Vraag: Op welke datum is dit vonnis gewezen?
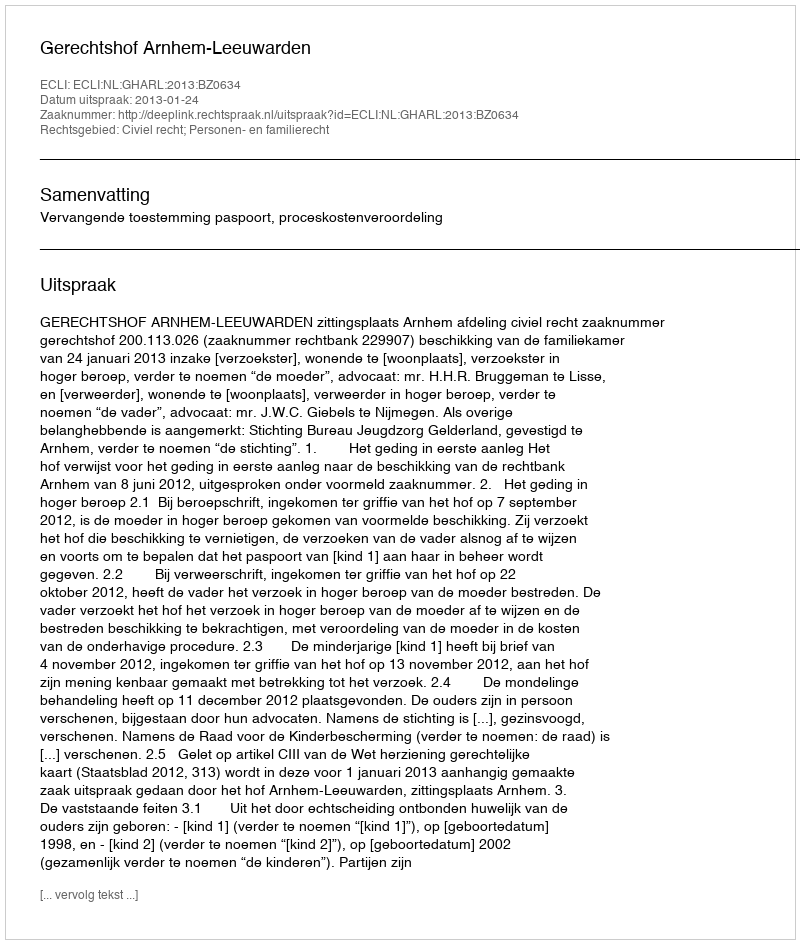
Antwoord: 2013-01-24